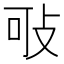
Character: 㪃